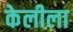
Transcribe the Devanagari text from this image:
केलीला